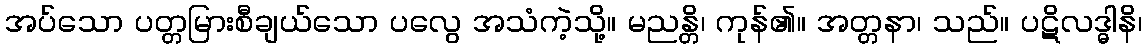
အပ်သော ပတ္တမြားစီချယ်သော ပလွေ အသံကဲ့သို့။ မညန္တိ၊ ကုန်၏။ အတ္တနာ၊ သည်။ ပဋိလဒ္ဓါနိ၊